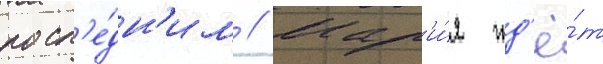
посл'е́дн'им // Мар'и́я жд'ё́т